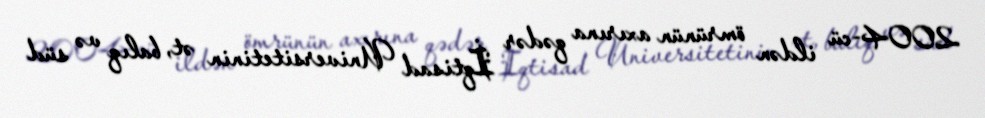
2004-cü ildən ömrünün axırına qədər İqtisad Universitetinin ət, balıq və süd